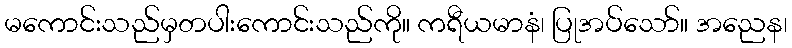
မကောင်းသည်မှတပါးကောင်းသည်ကို။ ကရီယမာနံ၊ ပြုအပ်သော်။ အညေန၊